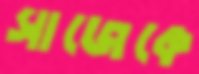
সাজেকে